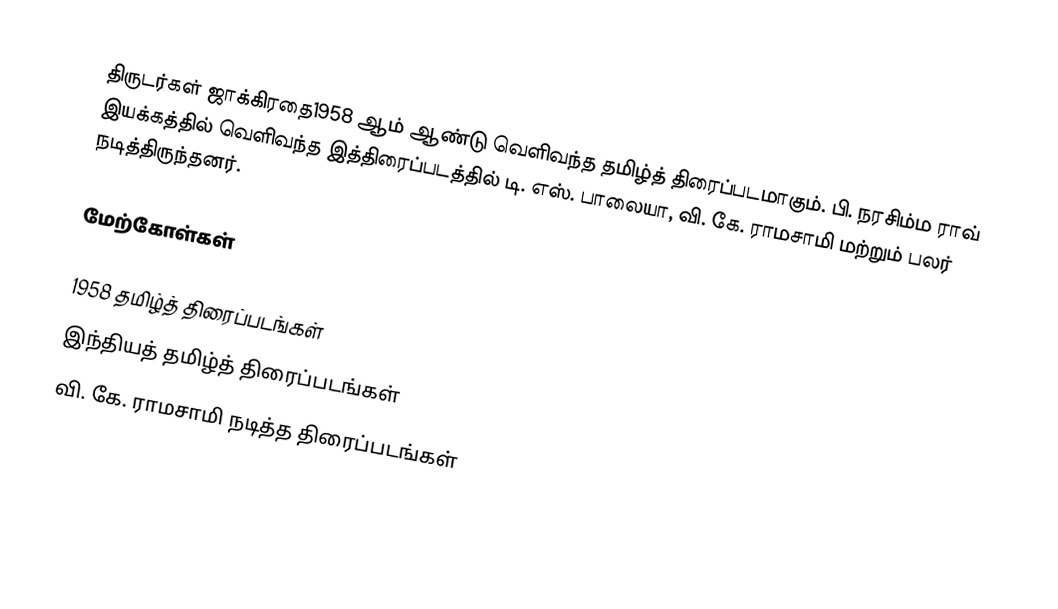
திருடர்கள் ஜாக்கிரதை1958 ஆம் ஆண்டு வெளிவந்த தமிழ்த் திரைப்படமாகும். பி. நரசிம்ம ராவ் இயக்கத்தில் வெளிவந்த இத்திரைப்படத்தில் டி. எஸ். பாலையா, வி. கே. ராமசாமி மற்றும் பலர் நடித்திருந்தனர்.

மேற்கோள்கள்

1958 தமிழ்த் திரைப்படங்கள்
இந்தியத் தமிழ்த் திரைப்படங்கள்
வி. கே. ராமசாமி நடித்த திரைப்படங்கள்